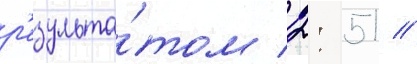
р'езульта́том 2: 51 //